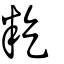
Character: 籺